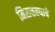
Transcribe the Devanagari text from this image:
मिसळल्याचे